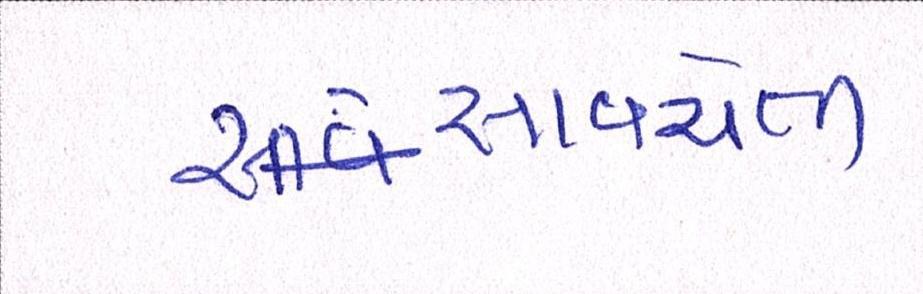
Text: સાવચેતી